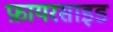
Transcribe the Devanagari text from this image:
फ़ायरसाइड